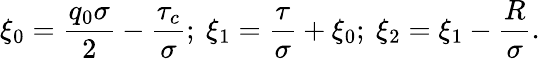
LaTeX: \xi_{0}=\frac{q_{0}\sigma}{2}-\frac{\tau_{c}}{\sigma};\ \xi_{1}=\frac{\tau}{\sigma}+\xi_{0};\ \xi_{2}=\xi_{1}-\frac{R}{\sigma}.